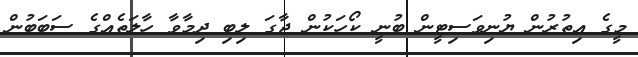
މީގެ އިތުރުން ޔުނިވަސިޓީން ބުނީ ކޯހަކުން ޖާގަ ލިބި ދިމާވާ ހާލަތެއްގެ ސަބަބުން